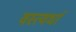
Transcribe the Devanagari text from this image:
वस्त्वर्धा